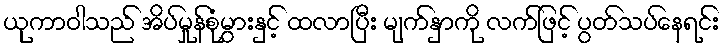
ယုကာဝါသည် အိပ်မှုန်စုံမွှားနှင့် ထလာပြီး မျက်နှာကို လက်ဖြင့် ပွတ်သပ်နေရင်း